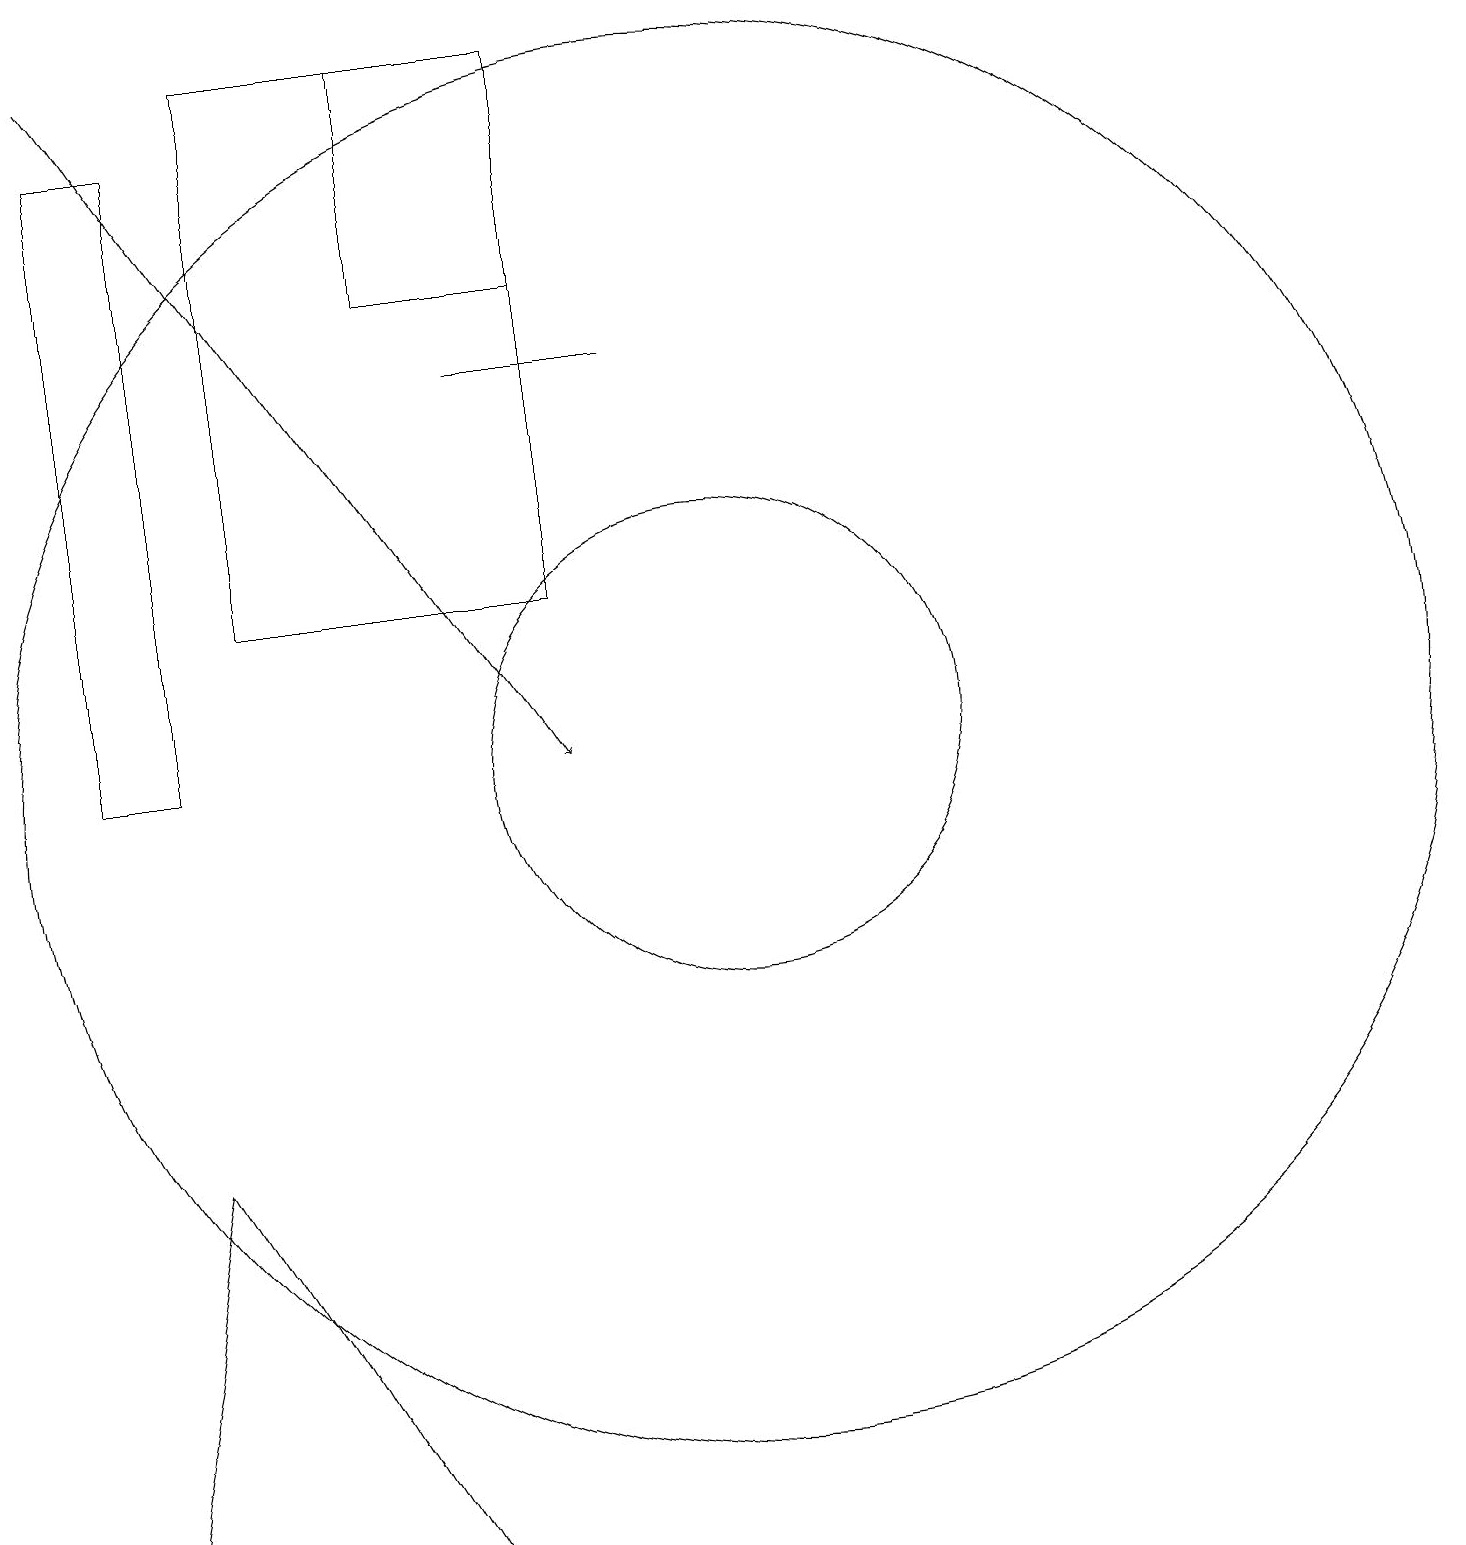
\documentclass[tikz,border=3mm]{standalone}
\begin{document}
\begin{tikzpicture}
\draw[->] (2,19) -- (8,10);
\draw (10,10) circle (9);
\draw (8,19) rectangle (4,12);
\draw (7,15) rectangle (9,15);
\draw (6,19) rectangle (8,16);
\draw (3,18) rectangle (2,10);
\draw (2,0) -- (6,0) -- (3,5) -- cycle;
\draw (10,10) circle (3);
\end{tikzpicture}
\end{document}